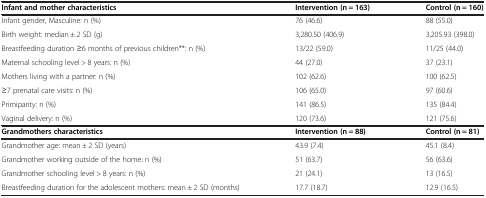
| Infant and mother characteristics | Intervention (n = 163) | Control (n = 160) |
 | --- | --- | --- |
 | Infant gender, Masculine: n (%) | 76 (46.6) | 88 (55.0) |
 | Birth weight: median ± 2 SD (g) | 3,280.50 (406.9) | 3,205.93 (398.0) |
 | Breastfeeding duration ≥6 months of previous children**: n (%) | 13/22 (59.0) | 11/25 (44.0) |
 | Maternal schooling level > 8 years: n (%) | 44 (27.0) | 37 (23.1) |
 | Mothers living with a partner: n (%) | 102 (62.6) | 100 (62.5) |
 | ≥7 prenatal care visits: n (%) | 106 (65.0) | 97 (60.6) |
 | Primiparity: n (%) | 141 (86.5) | 135 (84.4) |
 | Vaginal delivery: n (%) | 120 (73.6) | 121 (75.6) |
 | Grandmothers characteristics | Intervention(n = 88) | Control(n = 81) |
 | Grandmother age: mean ± 2 SD (years) | 43.9 (7.4) | 45.1 (8.4) |
 | Grandmother working outside of the home: n (%) | 51 (63.7) | 56 (63.6) |
 | Grandmother schooling level > 8 years: n (%) | 21 (24.1) | 13 (16.5) |
 | Breastfeeding duration for the adolescent mothers: mean ± 2 SD (months) | 17.7 (18.7) | 12.9 (16.5) |